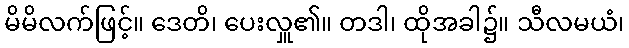
မိမိလက်ဖြင့်။ ဒေတိ၊ ပေးလှူ၏။ တဒါ၊ ထိုအခါ၌။ သီလမယံ၊